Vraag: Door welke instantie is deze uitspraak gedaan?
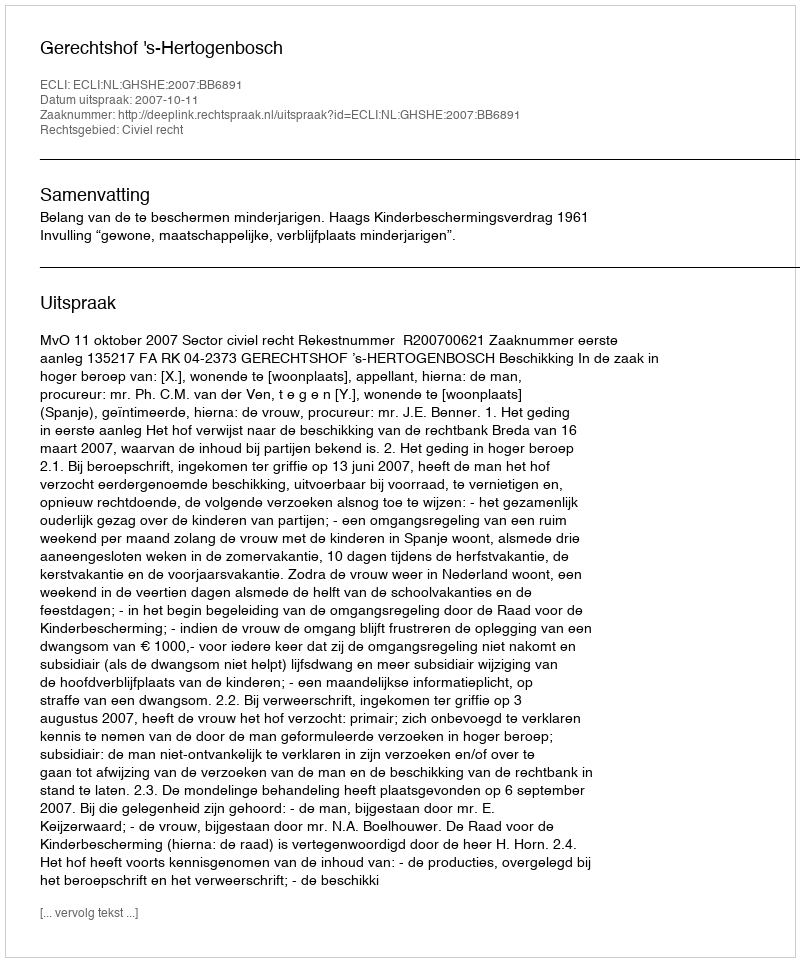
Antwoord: Gerechtshof 's-Hertogenbosch